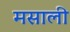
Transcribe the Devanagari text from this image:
मसाली